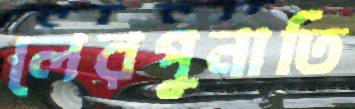
লেরপুনাতি